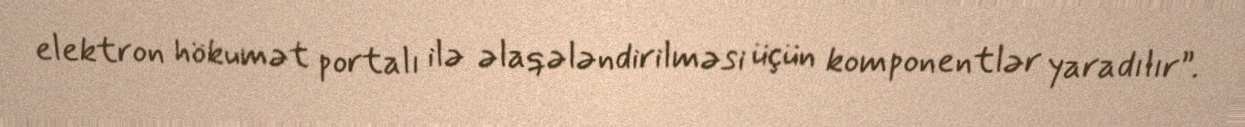
elektron hökumət portalı ilə əlaqələndirilməsi üçün komponentlər yaradılır”.